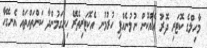
މާހިލްގެ ކޮޓަރި ދޮރު އެއްކޮން ނުލުނެއްޕި ހުރުމުނ އެކޮޓަރިތެރޭ ހިނގަމުންދާ ކަންތައްތައް އެނގޭހާ